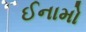
ઈનામો